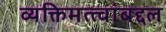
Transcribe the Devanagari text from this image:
व्यक्तिमत्त्वांबद्दल